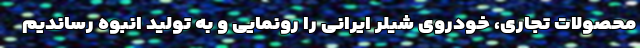
محصولات تجاری، خودروی شیلر ایرانی را رونمایی و به تولید انبوه رساندیم